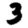
Digit: 3